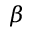
\beta